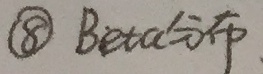
\textcircled{8} Beta分布